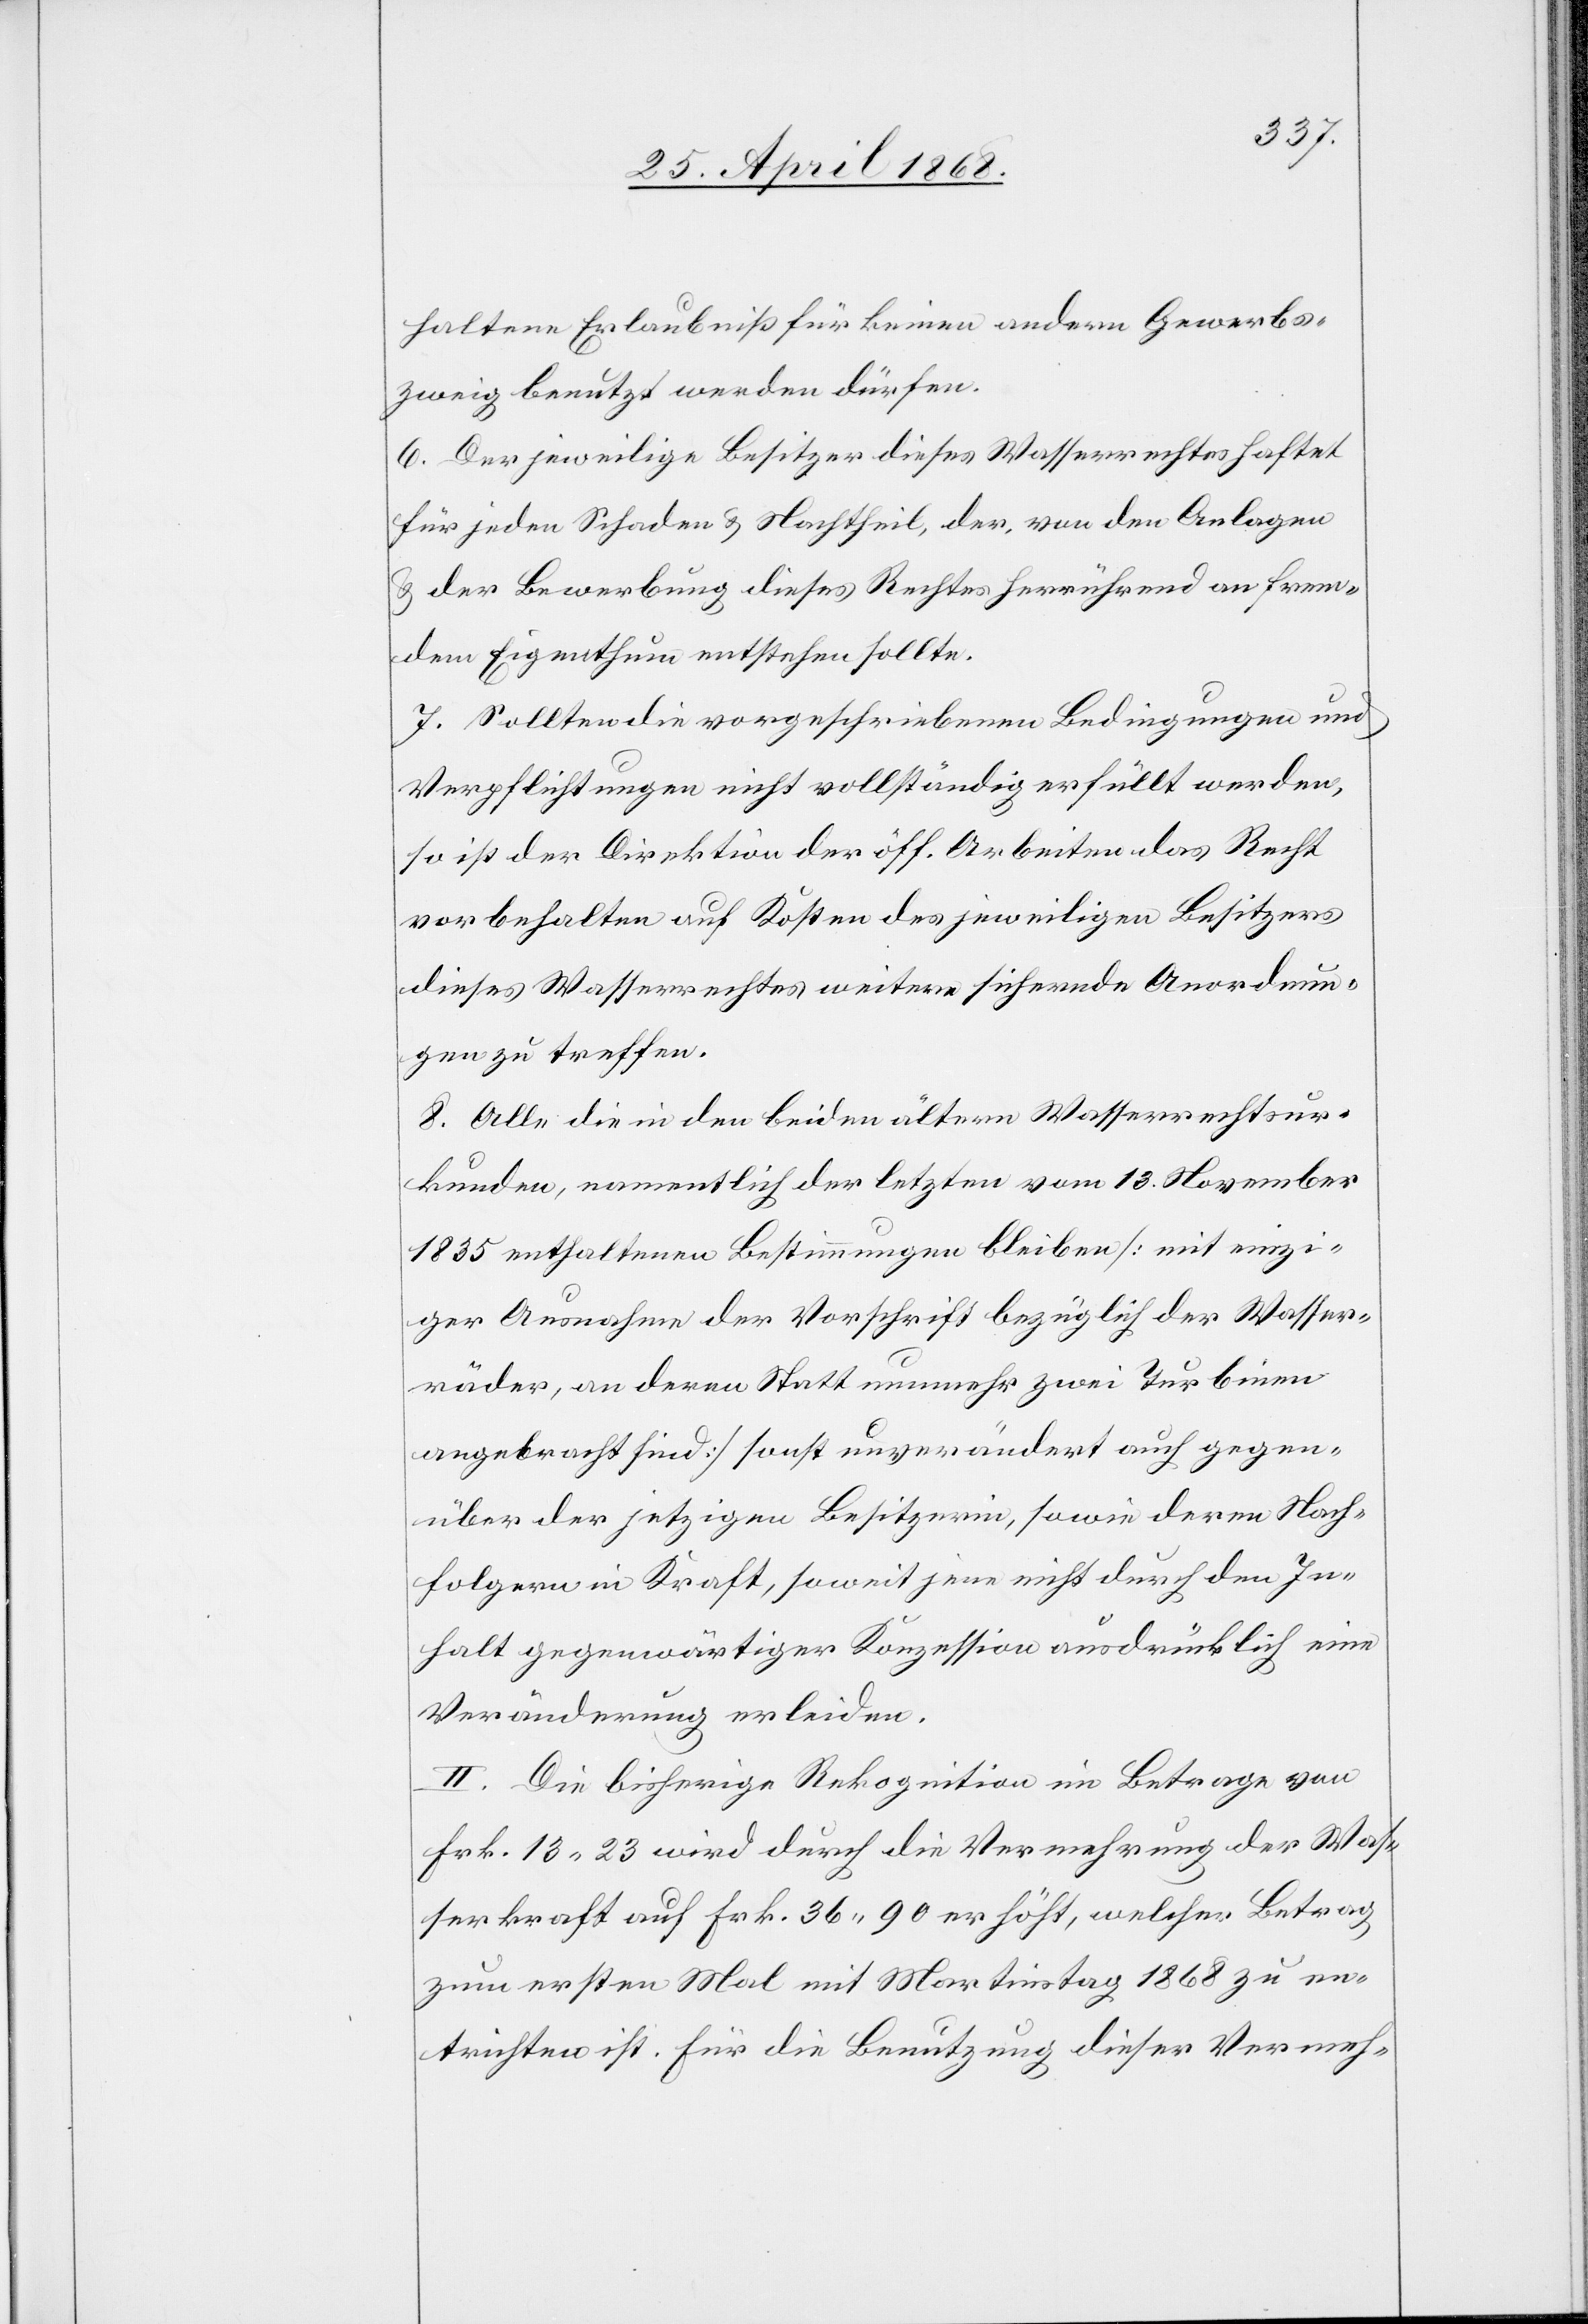
haltene Erlaubniß für keinen andern Gewerbs¬
zweig benutzt werden dürfen.
6. Der jeweilige Besitzer dieses Wasserrechtes haftet
für jeden Schaden & Nachtheil, der, von den Anlagen
& der Bewerbung dieses Rechtes herrührend an frem¬
dem Eigenthum entstehen sollte.
7. Sollten die vorgeschriebenen Bedingungen und
Verpflichtungen nicht vollständig erfüllt werden,
so ist der Direktion der öff. Arbeiten das Recht
vorbehalten auf Kosten des jeweiligen Besitzers
dieses Wasserrechtes weitere sichernde Anordnun¬
gen zu treffen.
8. Alle die in den beiden ältern Wasserrechtsur¬
kunden, namentlich der letzten vom 13. November
1835 enthaltenen Bestimmungen bleiben [mit einzi¬
ger Ausnahme der Vorschrift bezüglich der Wasser¬
räder, an deren Statt nunmehr zwei Turbinen
angebracht sind] sonst unverändert auch gegen¬
über der jetzigen Besitzerin, sowie deren Nach¬
folgern in Kraft, soweit jene nicht durch den In¬
halt gegenwärtiger Konzession ausdrücklich eine
Veränderung erleiden.
II. Die bisherige Rekognition im Betrage von
Frk. 13. 23 wird durch die Vermehrung der Was¬
serkraft auf Frk. 36. 90 erhöht, welcher Betrag
zum ersten Mal mit Martinstag 1868 zu en¬
trichten ist. Für die Benutzung dieser Vermeh-